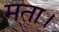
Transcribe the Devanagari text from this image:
मता।